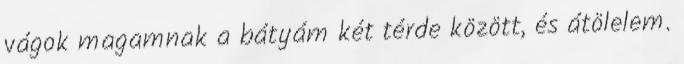
vágok magamnak a bátyám két térde között, és átölelem.